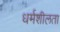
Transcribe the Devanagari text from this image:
धर्मशीलता